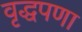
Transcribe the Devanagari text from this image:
वृद्धपणा